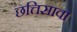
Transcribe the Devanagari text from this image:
छत्तिसावा